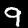
Digit: 9